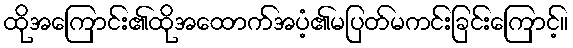
ထိုအကြောင်း၏ထိုအထောက်အပံ့၏မပြတ်မကင်းခြင်းကြောင့်။